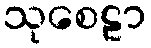
သုစေဠာ